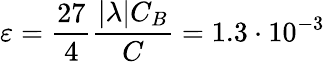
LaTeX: \varepsilon=\frac{27}{4}\frac{|\lambda|C_{B}}{C}=1.3\cdot 10^{-3}